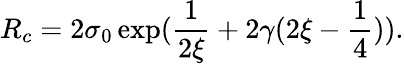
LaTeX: R_{c}=2\sigma_{0}\exp(\frac{1}{2\xi}+2\gamma(2\xi-\frac{1}{4})).